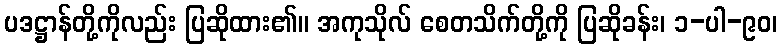
ပဒဋ္ဌာန်တို့ကိုလည်း ပြဆိုထား၏။ အကုသိုလ် စေတသိက်တို့ကို ပြဆိုခန်း၊ ၁-ပါ-၉၀၊